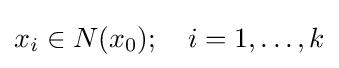
x_{i}\in N(x_{0});\quad i=1,\ldots ,k